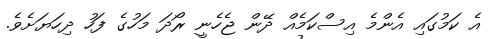
އެ ކަމުގައި އެންމެ އިސްކަމެއް ދޭން ޖެހެނީ ރޯދަ މަހުގެ ފަހު ދިހަޔަށެވެ.